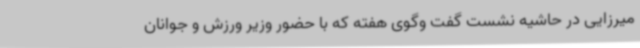
میرزایی در حاشیه نشست گفت وگوی هفته که با حضور وزیر ورزش و جوانان